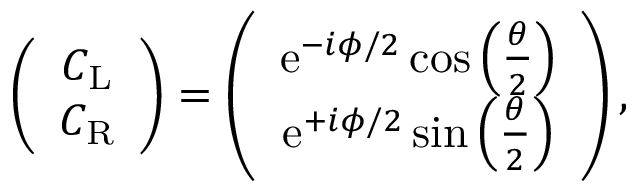
\begin{array} { r } { \left( \begin{array} { c } { C _ { \mathrm { L } } } \\ { C _ { \mathrm { R } } } \end{array} \right) = \left( \begin{array} { c } { \mathrm { e } ^ { - i \phi / 2 } \cos \left( \frac { \theta } { 2 } \right) } \\ { \mathrm { e } ^ { + i \phi / 2 } \sin \left( \frac { \theta } { 2 } \right) } \end{array} \right) , } \end{array}